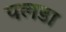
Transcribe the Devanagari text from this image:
पलडा